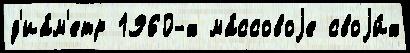
д'иа́м'етр 1960-х ма́ссовоjе своjи́х